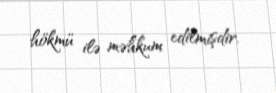
hökmü ilə məhkum edilmişdir.